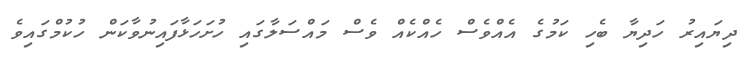
ދިޔައިރު ހަދިޔާ ބެހި ކަމުގެ އެއްވެސް ހެއްކެއް ވެސް މައްސަލާގައި ހުށަހަޅާފައިނުވާކަން ހުކުމްގައިވެ